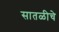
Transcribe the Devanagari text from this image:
सातळीचे